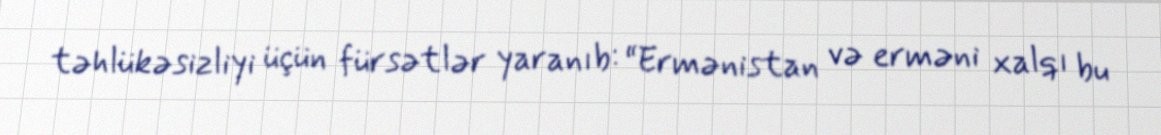
təhlükəsizliyi üçün fürsətlər yaranıb: “Ermənistan və erməni xalqı bu